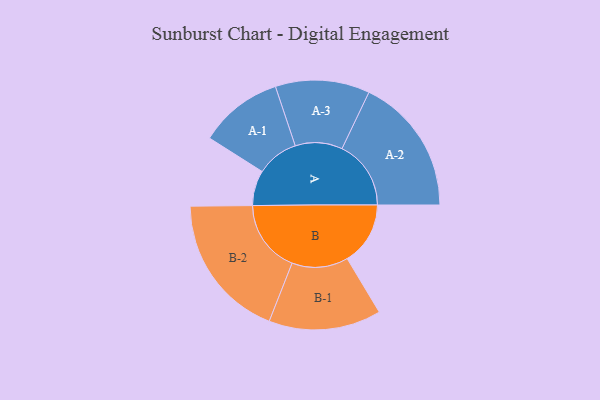
{"axis": {"x": "Segment", "y": "Value"}, "legend": ["", "A", "B"], "data": [{"x": "A", "y": 121, "type": ""}, {"x": "B", "y": 217, "type": ""}, {"x": "A-1", "y": 144, "type": "A"}, {"x": "A-2", "y": 237, "type": "A"}, {"x": "A-3", "y": 162, "type": "A"}, {"x": "B-1", "y": 193, "type": "B"}, {"x": "B-2", "y": 250, "type": "B"}]}